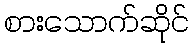
စားသောက်ဆိုင်